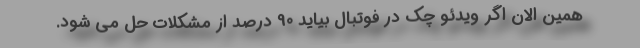
همین الان اگر ویدئو چک در فوتبال بیاید 90 درصد از مشکلات حل می شود.